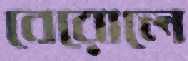
বেরোলে